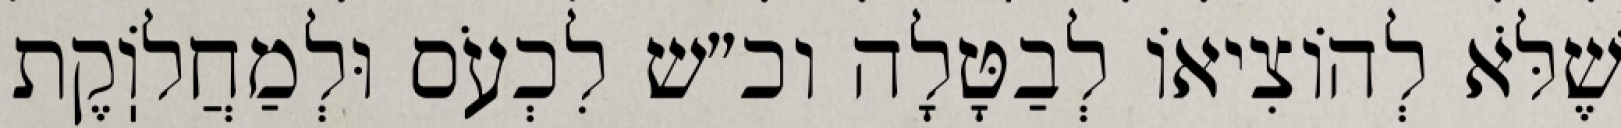
שֶׁלֹּא לְהוֹצִיאוֹ לְבַטָּלָה וכ״ש לִכְעֹס וּלְמַחֲלֹוֽקֶת